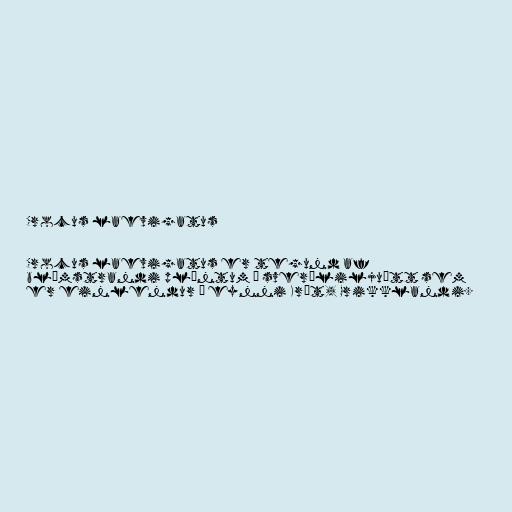
Crocus laevigatus

Crocus laevigatus er tegund af
blómstrandi plöntum í sverðliljuætt sem
er einlendur á eynni Krít, Grikklandi.